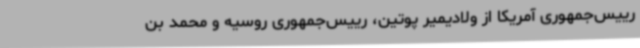
رییس‌جمهوری آمریکا از ولادیمیر پوتین، رییس‌جمهوری روسیه و محمد بن